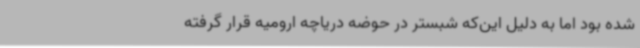
شده بود اما به دلیل این‌که شبستر در حوضه دریاچه ارومیه قرار گرفته